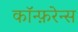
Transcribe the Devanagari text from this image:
कॉन्फ़रेन्स